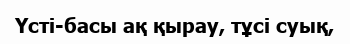
Үсті-басы ақ қырау, тұсі суық,